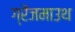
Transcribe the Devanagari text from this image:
ग्रेंजमाउथ